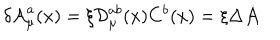
\delta { \cal A } _ { \mu } ^ { a } ( x ) = \xi { \cal D } _ { \mu } ^ { a b } ( x ) C ^ { b } ( x ) = \xi \Delta { \cal A }